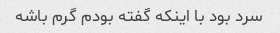
سرد بود با اینکه گفته بودم گرم باشه